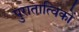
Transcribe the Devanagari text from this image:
पुरातात्विकों